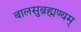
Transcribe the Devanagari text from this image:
बालसुब्रह्मण्यम्